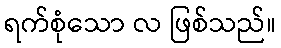
ရက်စုံသော လ ဖြစ်သည်။